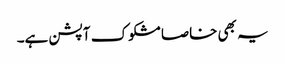
یہ بھی خاصا مشکوک آپشن ہے۔